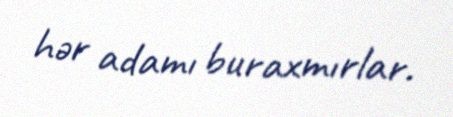
hər adamı buraxmırlar.